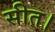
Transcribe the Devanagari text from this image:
सीत।